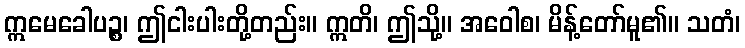
ဣမေခေါပဉ္စ၊ ဤငါးပါးတို့တည်း။ ဣတိ၊ ဤသို့။ အဝေါစ၊ မိန့်တော်မူ၏။ သတံ၊